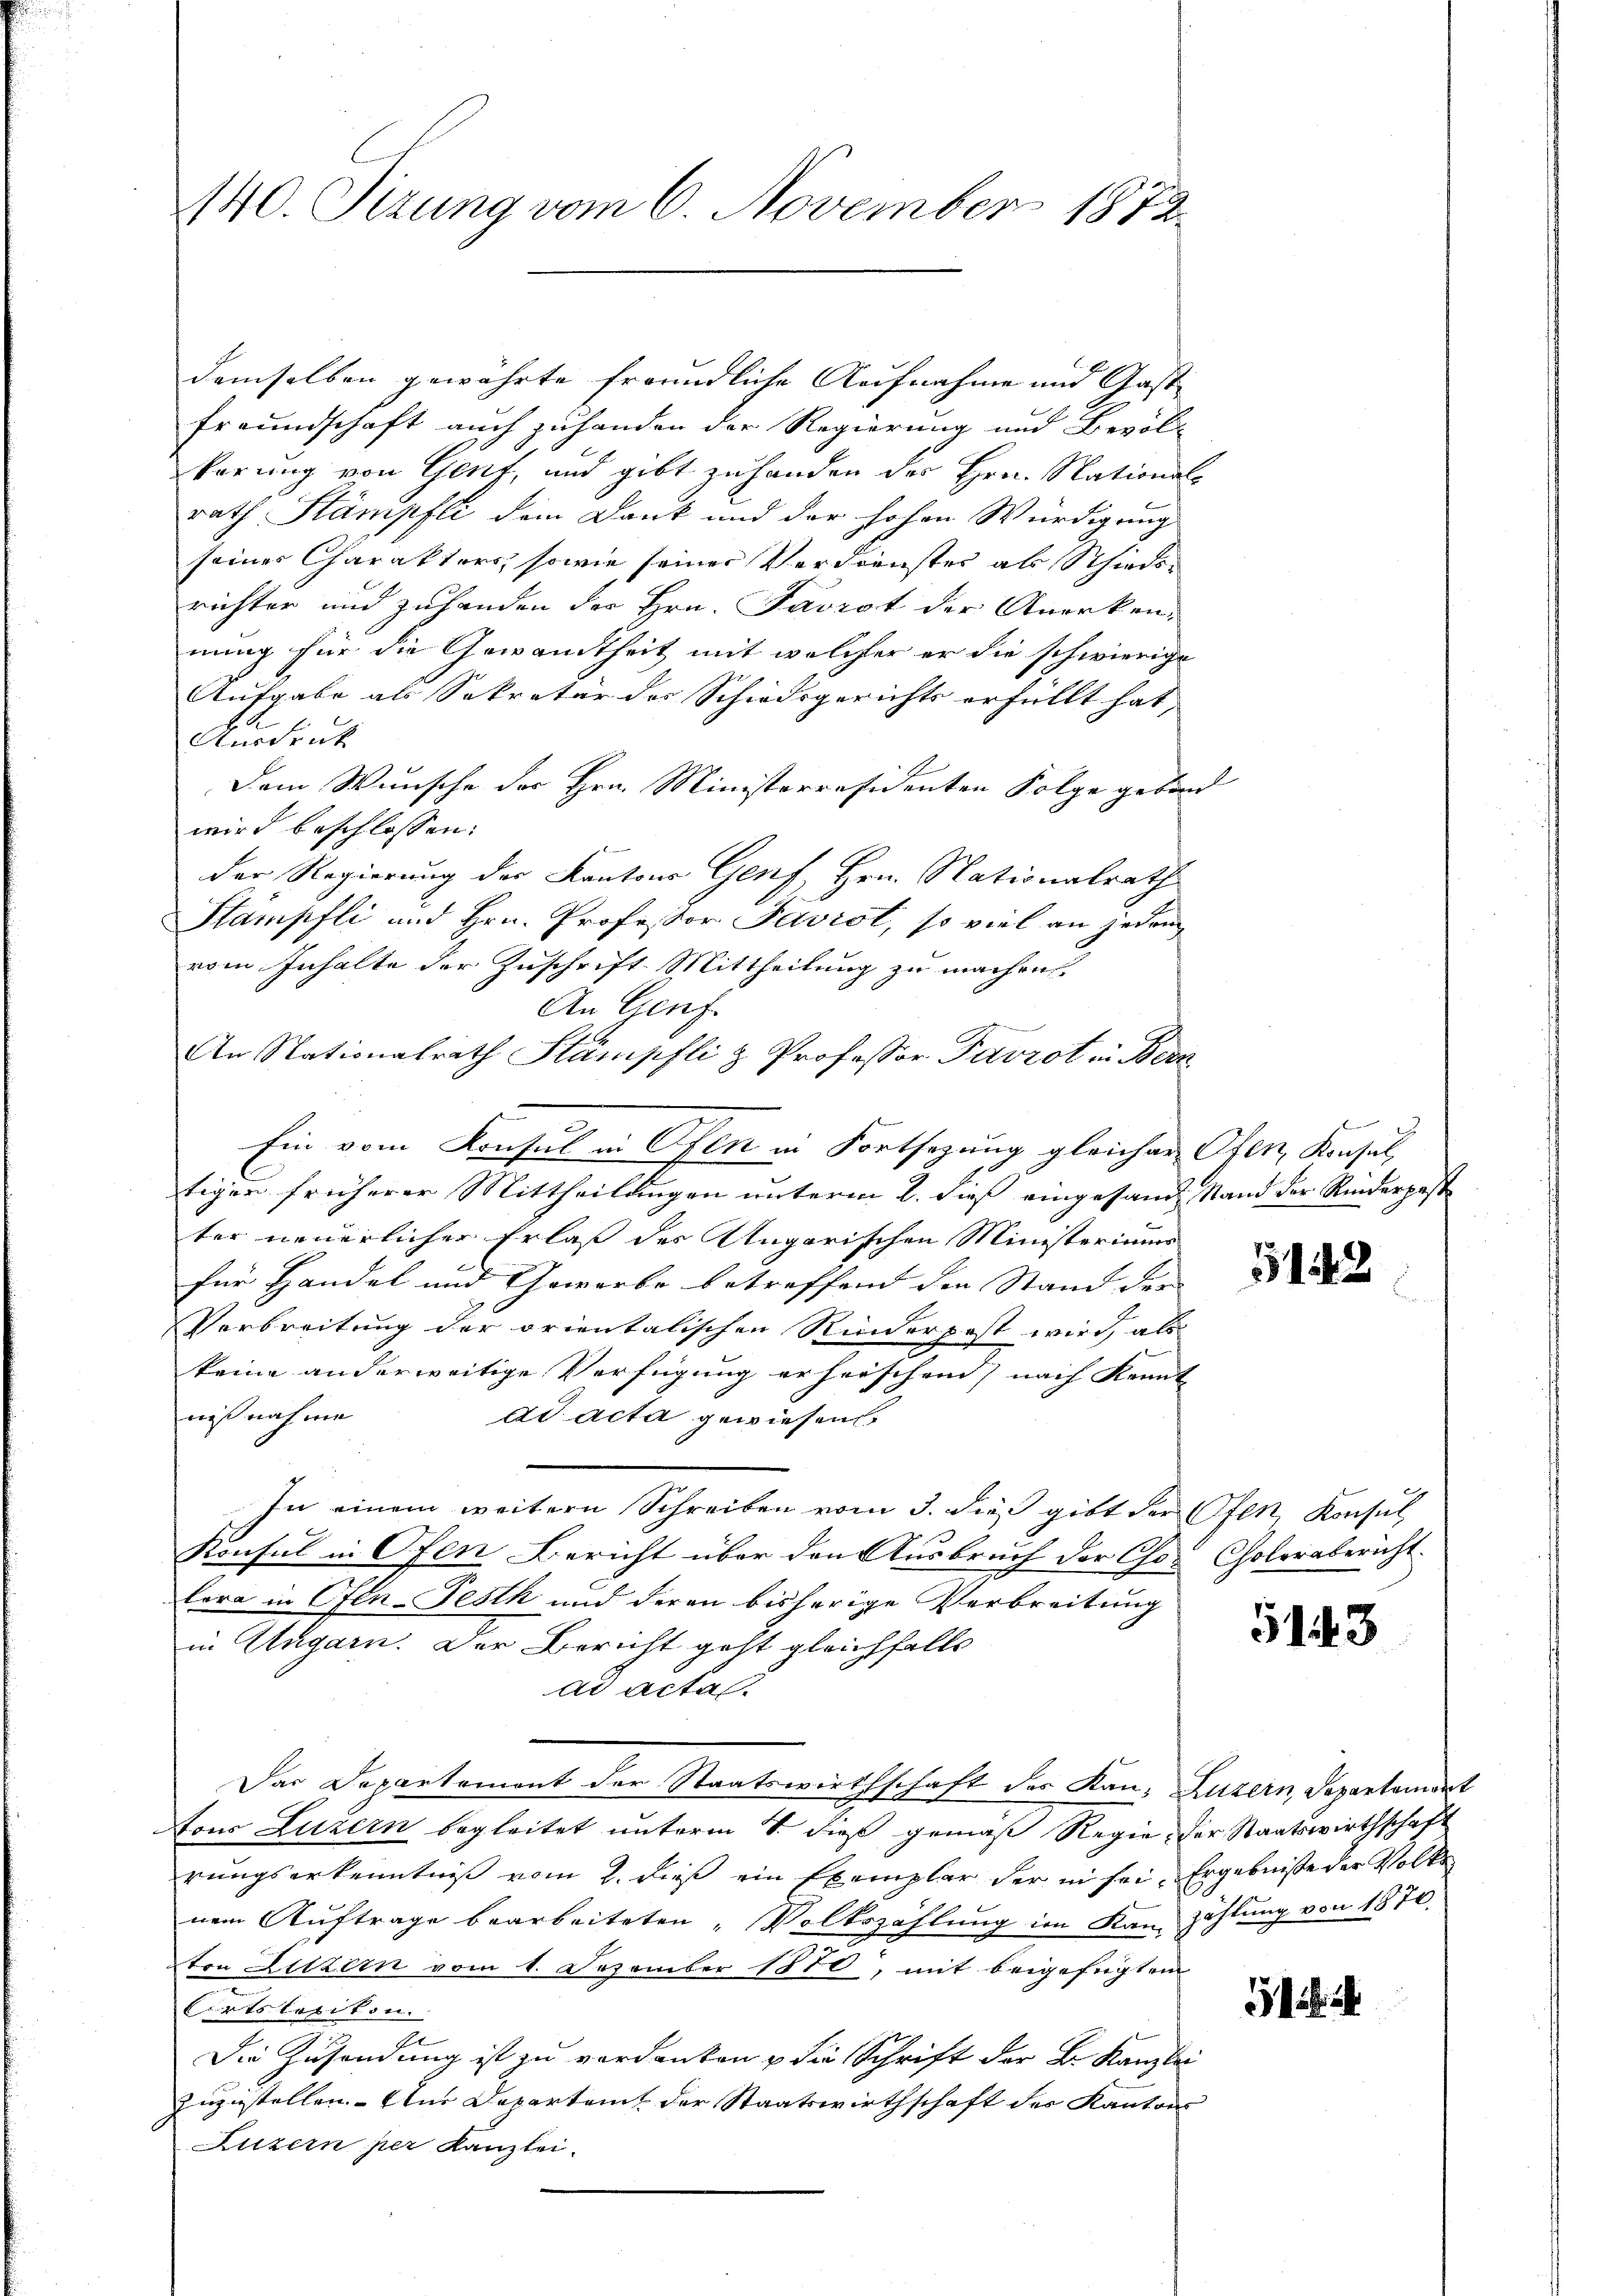
140. Sizung vom 6. November 1872

demselben gewährte freundliche Aufnahme und Gast
Freundschaft auch zuhanden der Regierung und Bevöl-
Perung von Genf, und gibt zu handen des Hrn. National-
rath Stämpfli dem Dank und der hohen Würdigung
seines Charakters, sowie seiner Verdienster als Schieder
richter und zuhanden der Hrn. Favrot der Anerken-
mung für die Gewandtheit mit welcher er die schwierige
Aufgabe als Sekretär der Schiedsgerichts erfüllt hat, |
Ausdruck
Dem Wunsche des Hrn. Ministerresidenten Folge geben
wird beschlossen:
der Regierung der Kantons Genf, Hrn. Nationalrath
Stampfli und Hrn. Professor Javist, so viel an jedem
vom Inhalte der Zuschrift Mittheilung zu machen
An Genf.
An Nationalrath Stämpfli & Professor Pavrot in Bern
Ein vom Konsul in Ofen in Fortsezung gleicher Ofen, Konsul
tiger früherer Mittheilungen unterm 2. dieß eingesandt Stand der Rinderpost
ter neuerlicher Erlaß des Ungarischen Ministeriums
für Handel und Gewerbe betreffend den Stand der
Verbreitung der orientalischen Rinderpest wird, als
keine anderweitige Verfügung erheischend) nach Kennt
niß noch me
ad acta gewiesen.
In einem weitere Schreiben vom 3. dieß gibt der Ofen Konsul
Konsul in Ofen Bericht über den Ausbruch der Chor Cholerabericht.
lera in Ofen-Festh und deren bisherige Verbreitung
in Ungarn. Der Bericht geht gleichfalls
Ad Actas.
Das Departemont der Staatswirthschaft des Kan, Luzern, Departement
Aous Luzern begleitet unterm 8. dieß gemäß Regie der Staatswirthschaft
rungserkenntniß vom 2. dieß ein Exemplar der in sei. Ergebniße der Volke
nem Auftrage bearbeiteten „Volkszählung im Kanton Hitzern vom 1. Dezember 1870, mit beigefügten
Cirtslasikon.
Die Zusendung ist zu verdanken u die Schrift der B. Kanzlei
zuzustellen. Aus Departem der Staatswirthschaft der Kantons
Luzern per Kanzlei.

E

5142

5143

zählung von 1870.

5